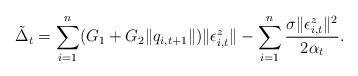
LaTeX: \begin{align*}\tilde{\Delta}_t=\sum_{i=1}^n(G_1+G_2\|q_{i,t+1}\|)\|\epsilon^z_{i,t}\|-\sum_{i=1}^n\frac{\sigma\|\epsilon^z_{i,t}\|^2}{2\alpha_{t}}.\end{align*}